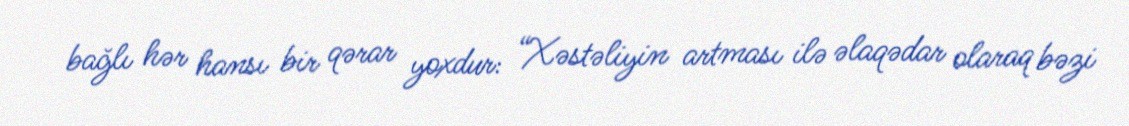
bağlı hər hansı bir qərar yoxdur: “Xəstəliyin artması ilə əlaqədar olaraq bəzi